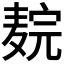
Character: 𬹉